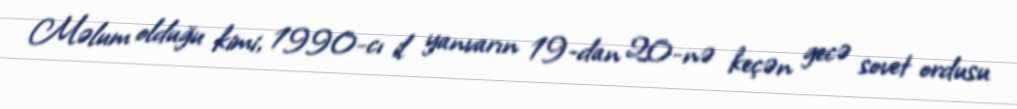
Məlum olduğu kimi, 1990-cı il yanvarın 19-dan 20-nə keçən gecə sovet ordusu